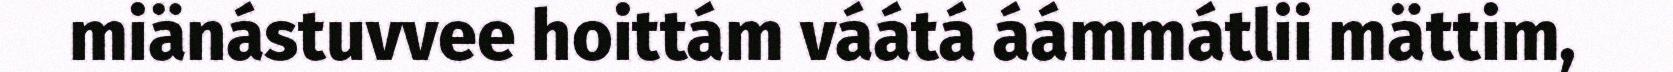
miänástuvvee hoittám váátá áámmátlii mättim,